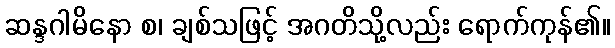
ဆန္ဒဂါမိနော စ၊ ချစ်သဖြင့် အဂတိသို့လည်း ရောက်ကုန်၏။